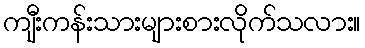
ကျီးကန်းသားများစားလိုက်သလား။